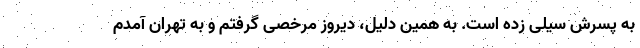
به پسرش سیلی زده است. به همین دلیل، دیروز مرخصی گرفتم و به تهران آمدم